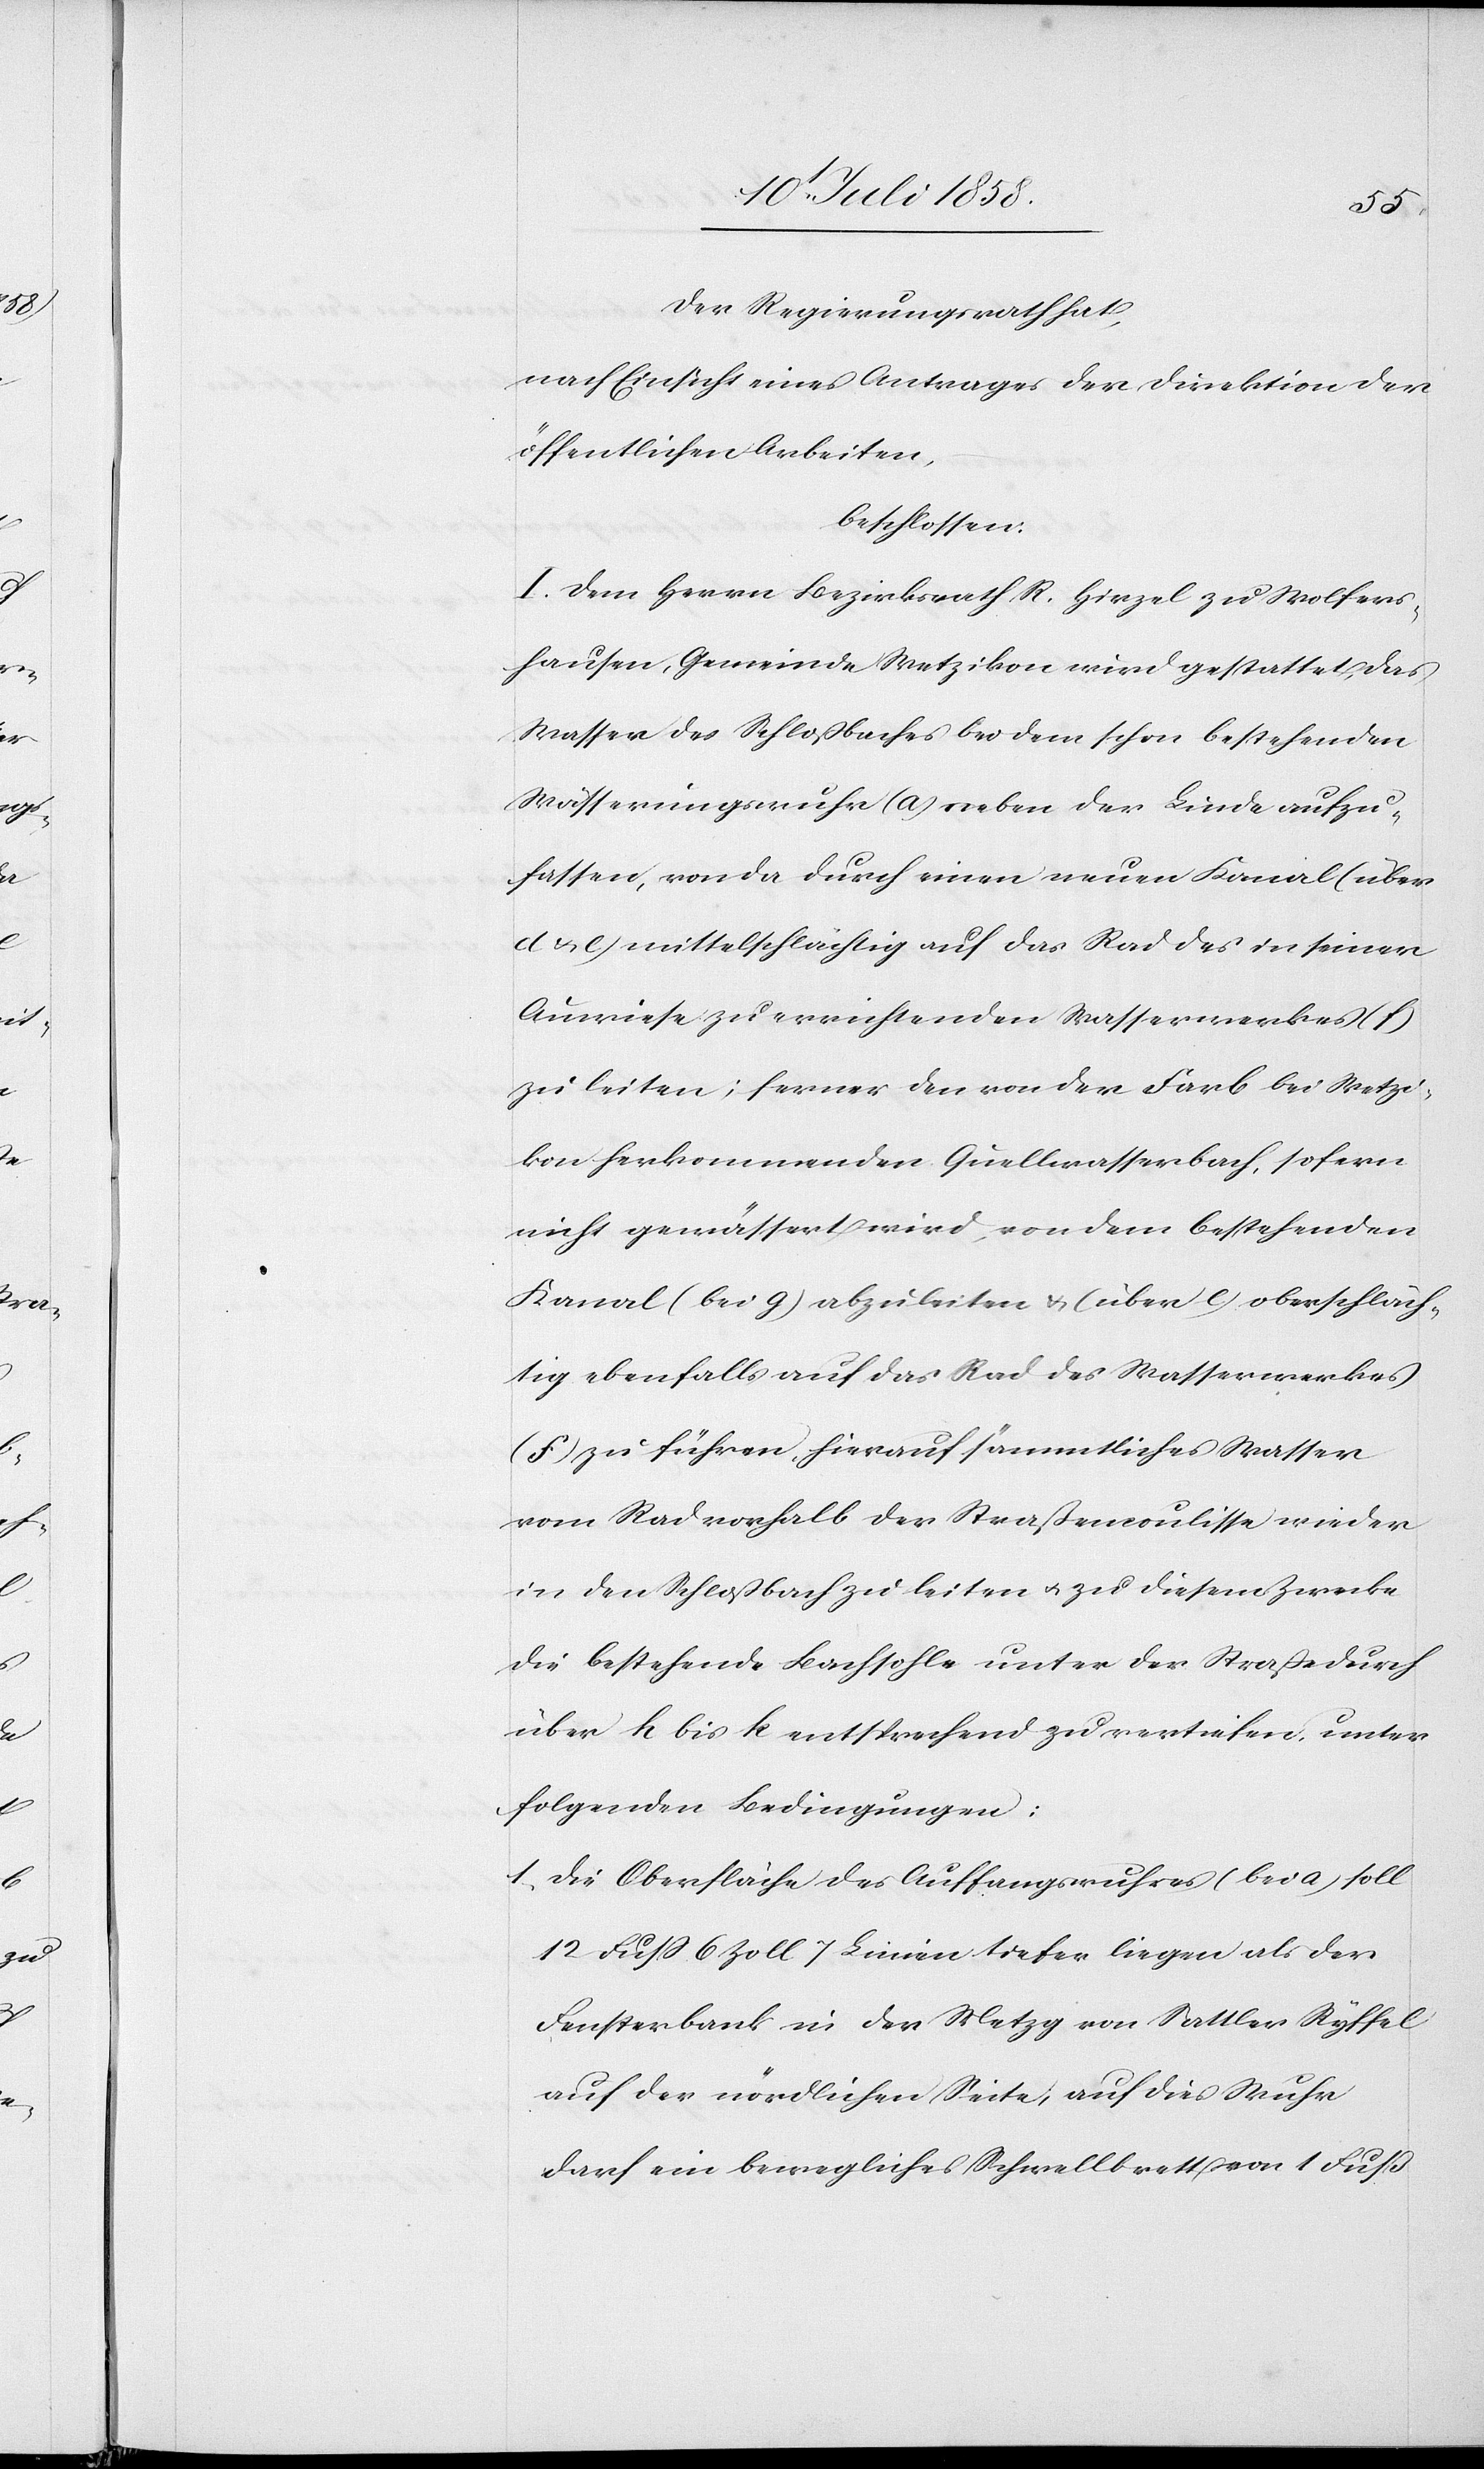
Der Regierungsrath hat,
nach Einsicht eines Antrages der Direktion der
öffentlichen Arbeiten,
beschlossen:
I. Dem Herrn Bezirksrath R. Hirzel zu Wolfers¬
hausen, Gemeinde Wetzikon wird gestattet, das
Wasser des Schloßbaches bei dem schon bestehenden
Wässerungswuhr (a) neben der Linde aufzu¬
fassen, von da durch einen neuen Kanal (über
d & e) mittelschlächtig auf das Rad des in seiner
Auwiese zu errichtenden Wasserwerkes (f)
zu leiten; ferner den von der Farb bei Wetzi¬
kon herkommenden Quellwasserbach, sofern
nicht gewässert wird, von dem bestehenden
Kanal (bei g) abzuleiten & (über e) oberschläch¬
tig ebenfalls auf das Rad des Wasserwerkes
(f) zu führen, hierauf sämmtliches Wasser
vom Rad vorhalb der Straßencoulisse wieder
in den Schloßbach zu leiten & zu diesem Zwecke
die bestehende Bachsohle unter der Straße durch
über h bis k entsprechend zu vertiefen, unter
folgenden Bedingungen:
Die Oberfläche des Auffangswuhres (bei a) soll
12 Fuss 6 Zoll 7 Linien tiefer liegen als der
Fensterbank in der Metzg von Sattler Ryffel
auf der nördlichen Seite; auf dies Wuhr
darf ein bewegliches Schwellbrett von 1 Fuß